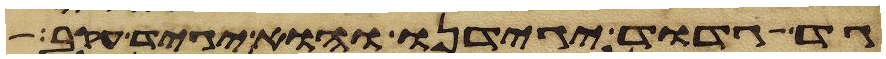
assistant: גד גדוד יגידנו והוא יגיד עקב